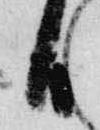
日